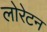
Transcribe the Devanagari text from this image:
लोरेटन